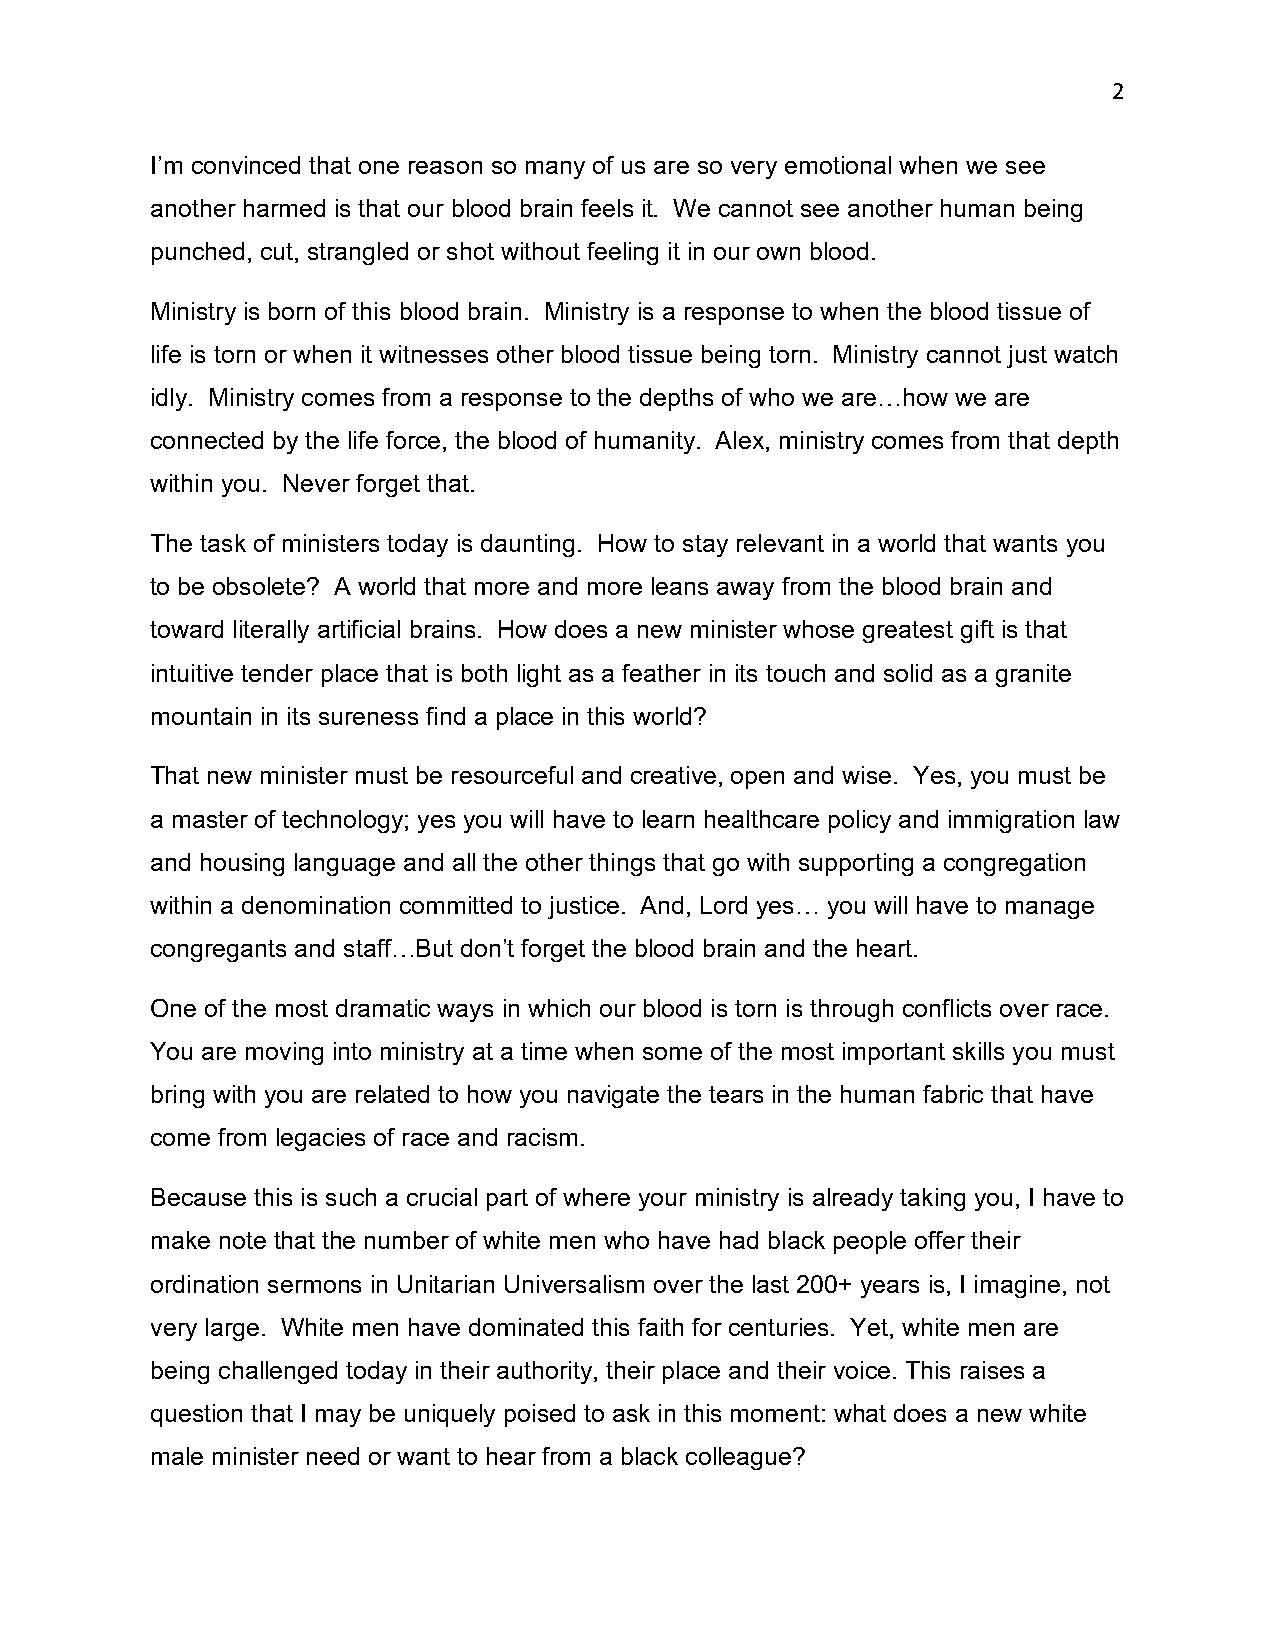
2
 I’m convinced that one reason so many of us are so very emotional when we see
 another harmed is that our blood brain feels it. We cannot see another human being
 punched, cut, strangled or shot without feeling it in our own blood.
 Ministry is born of this blood brain. Ministry is a response to when the blood tissue of
 life is torn or when it witnesses other blood tissue being torn. Ministry cannot just watch
 idly. Ministry comes from a response to the depths of who we are…how we are
 connected by the life force, the blood of humanity. Alex, ministry comes from that depth
 within you. Never forget that.
 The task of ministers today is daunting. How to stay relevant in a world that wants you
 to be obsolete? A world that more and more leans away from the blood brain and
 toward literally artificial brains. How does a new minister whose greatest gift is that
 intuitive tender place that is both light as a feather in its touch and solid as a granite
 mountain in its sureness find a place in this world?
 That new minister must be resourceful and creative, open and wise. Yes, you must be
 a master of technology; yes you will have to learn healthcare policy and immigration law
 and housing language and all the other things that go with supporting a congregation
 within a denomination committed to justice. And, Lord yes… you will have to manage
 congregants and staff…But don’t forget the blood brain and the heart.
 One of the most dramatic ways in which our blood is torn is through conflicts over race.
 You are moving into ministry at a time when some of the most important skills you must
 bring with you are related to how you navigate the tears in the human fabric that have
 come from legacies of race and racism.
 Because this is such a crucial part of where your ministry is already taking you, I have to
 make note that the number of white men who have had black people offer their
 ordination sermons in Unitarian Universalism over the last 200+ years is, I imagine, not
 very large. White men have dominated this faith for centuries. Yet, white men are
 being challenged today in their authority, their place and their voice. This raises a
 question that I may be uniquely poised to ask in this moment: what does a new white
 male minister need or want to hear from a black colleague?